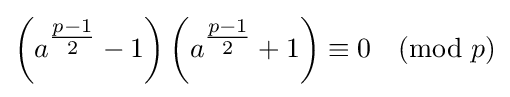
\left(a^{\tfrac {p-1}{2}}-1\right)\left(a^{\tfrac {p-1}{2}}+1\right)\equiv 0{\pmod {p}}